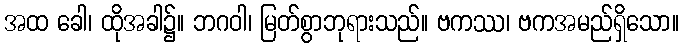
အထ ခေါ၊ ထိုအခါ၌။ ဘဂဝါ၊ မြတ်စွာဘုရားသည်။ ဗကဿ၊ ဗကအမည်ရှိသော။